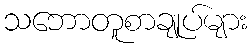
သဘောတူစာချုပ်များ